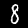
Digit: 8